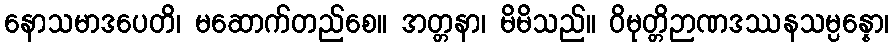
နောသမာဒပေတိ၊ မဆောက်တည်စေ။ အတ္တနာ၊ မိမိသည်။ ဝိမုတ္တိဉာဏဒဿနသမ္ပန္နော၊